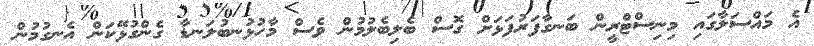
އެ މައްސަލާގައި މިނިސްޓްރީން ބަނގާފަރުފަޅަށް ގޮސް ބެލިބެލުމުން ވެސް މާހުޅުނބުލަނޑާ ގެންގުޅޭކަން އެނގުމުން